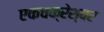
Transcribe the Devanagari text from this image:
एकचक्रेश्वर